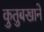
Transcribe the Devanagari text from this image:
कुतुबखाने